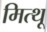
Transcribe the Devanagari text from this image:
मित्थू